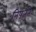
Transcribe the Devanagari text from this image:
निपजते